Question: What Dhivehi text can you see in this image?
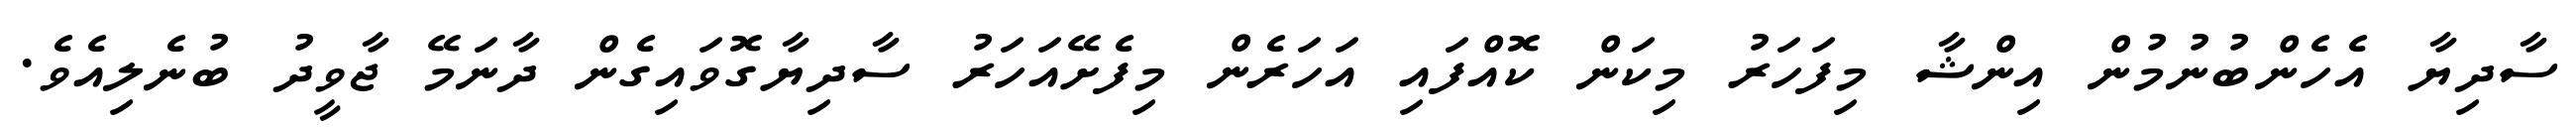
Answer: ސާދިޔާ އެހެންބުނުމުން އިންޝާ މިފަހަރު މިކަން ކޮއްފައި އަހަރެން މިފެށޭއަހަރު ސާދިޔާގޮވައިގެން ދާނަމޭ ޖާވީދު ބުނެލިއެވެ.